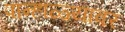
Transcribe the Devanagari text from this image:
पान्हाळ्यावर